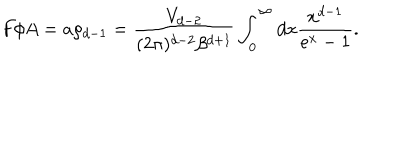
F / A = a \rho _ { d - 1 } = \frac { V _ { d - 2 } } { ( 2 \pi ) ^ { d - 2 } \beta ^ { d + 1 } } \int _ { 0 } ^ { \infty } d x \frac { x ^ { d - 1 } } { e ^ { x } - 1 } .